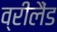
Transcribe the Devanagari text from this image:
व्रीलैंड